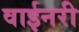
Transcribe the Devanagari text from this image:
वाईनरी